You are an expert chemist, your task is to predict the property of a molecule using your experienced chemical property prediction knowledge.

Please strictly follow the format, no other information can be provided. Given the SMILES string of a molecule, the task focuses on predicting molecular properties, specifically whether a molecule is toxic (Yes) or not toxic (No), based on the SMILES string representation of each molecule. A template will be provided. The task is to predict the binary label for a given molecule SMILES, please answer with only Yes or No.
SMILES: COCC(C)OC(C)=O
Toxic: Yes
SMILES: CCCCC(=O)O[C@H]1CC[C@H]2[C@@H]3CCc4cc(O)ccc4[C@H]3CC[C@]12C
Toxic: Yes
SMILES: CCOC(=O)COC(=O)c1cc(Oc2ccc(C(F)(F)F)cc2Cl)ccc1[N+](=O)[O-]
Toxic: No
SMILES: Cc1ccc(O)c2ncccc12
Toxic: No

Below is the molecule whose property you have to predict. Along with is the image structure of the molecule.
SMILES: CCN(CC)c1cc(C)nc2ncnn12
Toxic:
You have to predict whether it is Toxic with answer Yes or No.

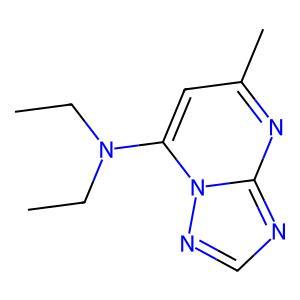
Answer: No